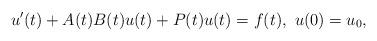
LaTeX: \begin{align*}u'(t) + A(t) B(t) u(t) + P(t) u(t) = f(t), \ u(0) = u_0,\end{align*}